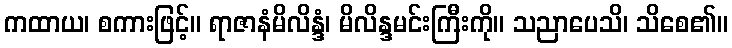
ကထာယ၊ စကားဖြင့်။ ရာဇာနံမိလိန္ဒံ၊ မိလိန္ဒမင်းကြီးကို။ သညာပေသိ၊ သိစေ၏။